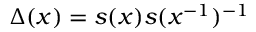
\Delta ( x ) = s ( x ) s ( x ^ { - 1 } ) ^ { - 1 }